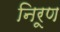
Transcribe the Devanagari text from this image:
निरूण